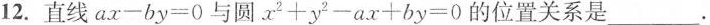
12.直线$$a x - b y = 0$$与圆 $$x ^ { 2 } + y ^ { 2 } - a x + b y = 0$$ 位置关系是 ___.